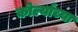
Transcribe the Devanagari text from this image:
कोर्ल्यांच्या